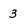
Character: 3